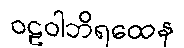
ဝဠဝါဘိရထေန